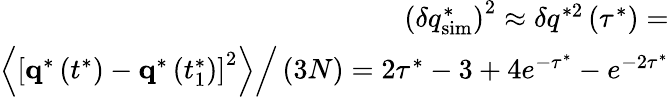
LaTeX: \begin{array}{r}{\left(\delta q_{\mathrm{sim}}^{*}\right)^{2}\approx\delta q^{*2}\left(\tau^{*}\right)=}\\ {\left.\left<\left[\textbf{q}^{*}\left(t^{*}\right)-\textbf{q}^{*}\left(t_{1}^{*}\right)\right]^{2}\right>\right/\left(3N\right)=2\tau^{*}-3+4e^{-\tau^{*}}-e^{-2\tau^{*}}}\end{array}